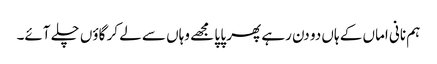
ہم نانی اماں کے ہاں دو دن رہے پھر پا پا مجھے وہاں سے لے کر گاؤں چلے آئے۔